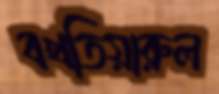
বখতিয়ারুল